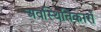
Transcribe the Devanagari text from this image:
अवस्थितिकारों